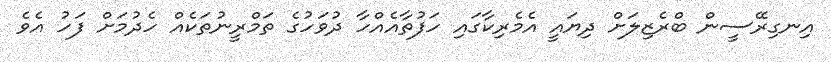
އިނގިރޭސީން ބްރެޒިލަށް ދިޔައީ އެމެރިކާގައި ހަފުތާއެއްހާ ދުވަހުގެ ތަމްރީނުތަކެއް ހެދުމަށް ފަހު އެވެ